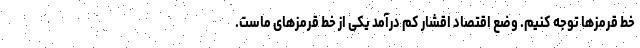
خط قرمزها توجه کنیم. وضع اقتصاد اقشار کم درآمد یکی از خط قرمزهای ماست.